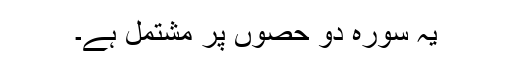
یہ سورہ دو حصوں پر مشتمل ہے۔